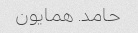
حامد. همایون